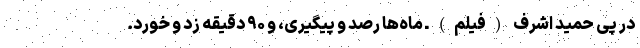
در پی حمید اشرف (فیلم) ـ ماه‌ها رصد و پیگیری، و ۹۰ دقیقه زد و خورد.